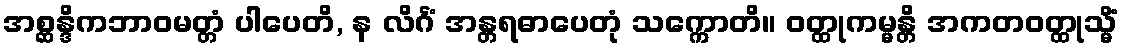
အစ္ဆန္ဒိကဘာဝမတ္တံ ပါပေတိ, န လိင်္ဂံ အန္တရဓာပေတုံ သက္ကောတိ။ ဝတ္ထုကမ္မန္တိ အကတဝတ္ထုသ္မိံ